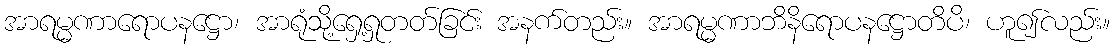
အာရမ္မဏာရောပနဋ္ဌော၊ အာရုံသို့ရှေ့ရှုတတ်ခြင်း အနက်တည်း။ အာရမ္မဏာဘိနိရောပနဋ္ဌောတိပိ၊ ဟူ၍လည်း။